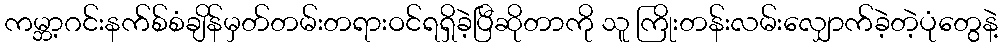
ကမ္ဘာ့ဂင်းနက်စ်စံချိန်မှတ်တမ်းတရားဝင်ရရှိခဲ့ပြီဆိုတာကို သူ ကြိုးတန်းလမ်းလျှောက်ခဲ့တဲ့ပုံတွေနဲ့